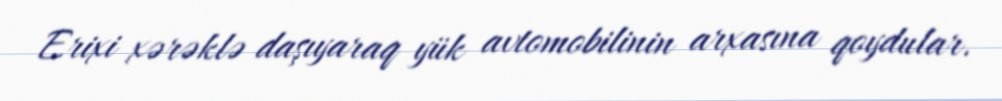
Erixi xərəklə daşıyaraq yük avtomobilinin arxasına qoydular.